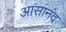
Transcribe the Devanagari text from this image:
आसानंद